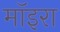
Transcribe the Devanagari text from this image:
मॉइरा